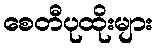
စေတီပုထိုးများ